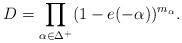
LaTeX: \begin{align*}D=\prod_{\alpha\in\Delta^+}(1-e(-\alpha))^{m_\alpha}.\end{align*}